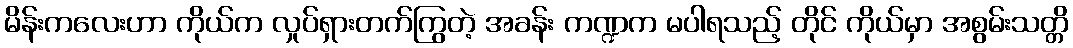
မိန်းကလေးဟာ ကိုယ်က လှုပ်ရှားတက်ကြွတဲ့ အခန်း ကဏ္ဍက မပါရသည့် တိုင် ကိုယ်မှာ အစွမ်းသတ္တိ